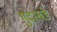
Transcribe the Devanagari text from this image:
गुदाखंड